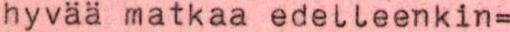
hyvää matkaa edelleenkin=